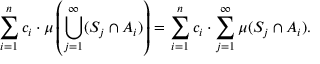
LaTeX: \sum _ { i = 1 } ^ { n } c _ { i } \cdot \mu \left( \bigcup _ { j = 1 } ^ { \infty } ( S _ { j } \cap A _ { i } ) \right) = \sum _ { i = 1 } ^ { n } c _ { i } \cdot \sum _ { j = 1 } ^ { \infty } \mu ( S _ { j } \cap A _ { i } ) .